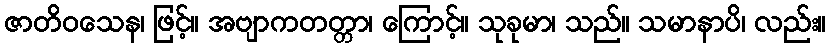
ဇာတိဝသေန၊ ဖြင့်။ အဗျာကတတ္တာ၊ ကြောင့်။ သုခုမာ၊ သည်။ သမာနာပိ၊ လည်း။